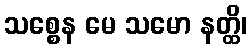
သစ္စေန မေ သမော နတ္ထိ၊